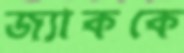
জ্যাককে